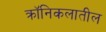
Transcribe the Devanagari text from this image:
क्रॉनिकलातील